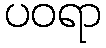
ပဝရာ